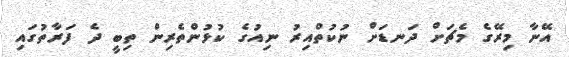
އޭނާ މިރޭގެ މެޗަށް ދަނޑަށް ނުކުތްއިރު ނިއުގެ ކުޅުންތެރިން ތިބީ ދެ ފަރާތުގައި